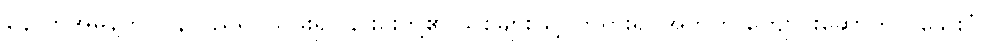
နောက်အမိန့်ကို ပြန်လည်ရုပ်သိမ်း၍ ၎င်းင်းတို့၏ သစ်များဖြင့် ဘုရားရှင်အတွက် ကျောင်းဆောက်လှူသေးပုံ၊